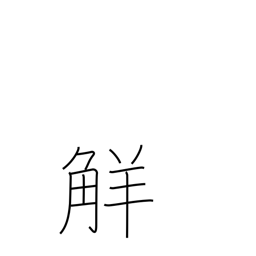
Meaning: understanding